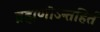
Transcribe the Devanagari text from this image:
ब्रह्मणोऽन्तहिर्तं